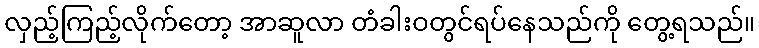
လှည့်ကြည့်လိုက်တော့ အာဆူလာ တံခါးဝတွင်ရပ်နေသည်ကို တွေ့ရသည်။